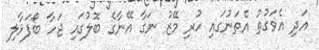
އަދި އެވަގުތު އެތަނުގައި ހުރި މޭޒު ނަގާ އޭނާގެ ބޮލުގައި ޖަހާ ބޯފަޅާލި